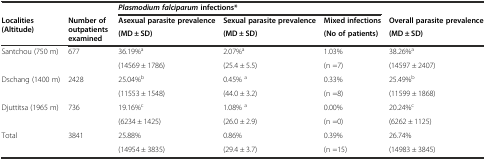
|  |  | <COLSPAN=3> Plasmodium falciparuminfections* |  |
 | <ROWSPAN=2> Localities (Altitude) | <ROWSPAN=2> Number of outpatients examined | Asexual parasite prevalence | Sexual parasite prevalence | Mixed infections | Overall parasite prevalence |
 | (MD ± SD) | (MD ± SD) | (No of patients) | (MD ± SD) |
 | --- | --- | --- | --- | --- | --- |
 | <ROWSPAN=2> Santchou (750 m) | <ROWSPAN=2> 677 | 36.19%a | 2.07%a | 1.03% | 38.26%a |
 | (14569 ± 1786) | (25.4 ± 5.5) | (n =7) | (14597 ± 2407) |
 | <ROWSPAN=2> Dschang (1400 m) | <ROWSPAN=2> 2428 | 25.04%b | 0.45% a | 0.33% | 25.49%b |
 | (11553 ± 1548) | (44.0 ± 3.2) | (n =8) | (11599 ± 1868) |
 | <ROWSPAN=2> Djuttitsa (1965 m) | <ROWSPAN=2> 736 | 19.16%c | 1.08% a | 0.00% | 20.24%c |
 | (6234 ± 1425) | (26.0 ± 2.9) | (n =0) | (6262 ± 1125) |
 | <ROWSPAN=2> Total | <ROWSPAN=2> 3841 | 25.88% | 0.86% | 0.39% | 26.74% |
 | (14954 ± 3835) | (29.4 ± 3.7) | (n =15) | (14983 ± 3845) |